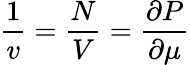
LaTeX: \frac 1v=\frac NV=\frac{\partial P}{\partial\mu}